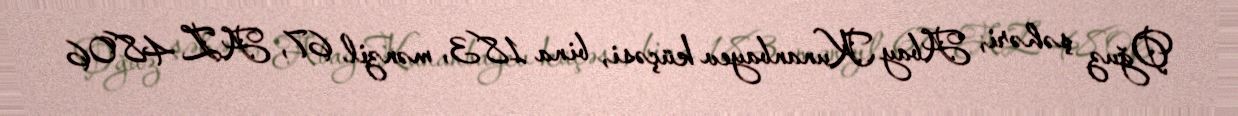
Oğuz şəhəri, Abay Kunanbayev küçəsi, bina 183, mənzil 67, AZ 4806